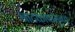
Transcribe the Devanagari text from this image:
नाटकांपासूनच